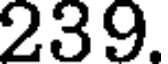
239.